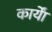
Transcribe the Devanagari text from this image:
कार्याें